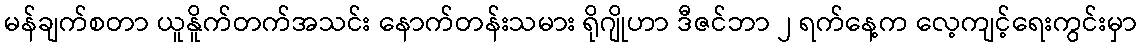
မန်ချက်စတာ ယူနိူက်တက်အသင်း နောက်တန်းသမား ရိုဂျိုဟာ ဒီဇင်ဘာ ၂ ရက်နေ့က လေ့ကျင့်ရေးကွင်းမှာ